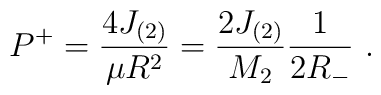
P^+ = \frac{4J_{(2)}}{\mu R^2} = \frac{2J_{(2)}}{M_2} \frac{1}{2R_{-}}~.